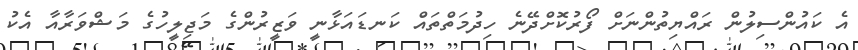
އެ ކައުންސިލުން ރައްޔިތުންނަށް ފޯރުކޮށްދޭނެ ހިދުމަތްތައް ކަނޑައަޅާނީ ވަޒީރުންގެ މަޖިލީހުގެ މަޝްވަރާއާ އެކު